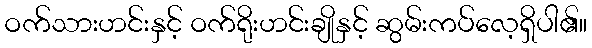
ဝက်သားဟင်းနှင့် ဝက်ရိုးဟင်းချိုနှင့် ဆွမ်းကပ်လေ့ရှိပါ၏။